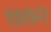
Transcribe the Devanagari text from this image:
१७७२।